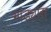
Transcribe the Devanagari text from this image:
भांड्यास